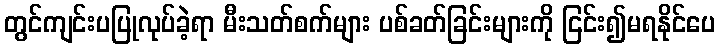
တွင်ကျင်းပပြုလုပ်ခဲ့ရာ မီးသတ်စက်များ ပစ်ခတ်ခြင်းများကို ငြင်း၍မရနိုင်ပေ